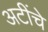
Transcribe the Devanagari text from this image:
अटींचे